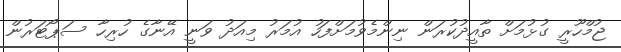
ޖުމްހޫރީ ގުޅުމަށް ތާއީދުކުރަން ނިންމެވުމަށްފަހު އުމަރު މިއަދު ވަނީ އޭނާގެ ހުރިހާ ސަޕޯޓަރުން